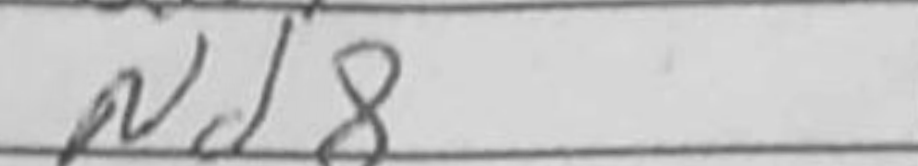
Transcription: Nd8